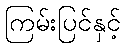
ကြမ်းပြင်နှင့်